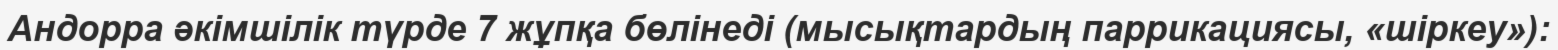
Андорра әкімшілік түрде 7 жұпқа бөлінеді (мысықтардың паррикациясы, «шіркеу»):